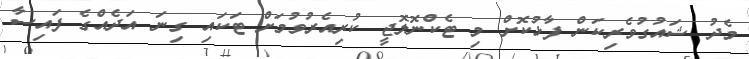
މެދު ޝައުގުވެރިކަން ފާޅުކޮށް މި ޓެކްނޮލޮޖީ ކުރިއެރުވުމަށް ޓަކައި ގިނަ އަދެއްގެ ފައިސާ